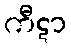
ကီဋာ